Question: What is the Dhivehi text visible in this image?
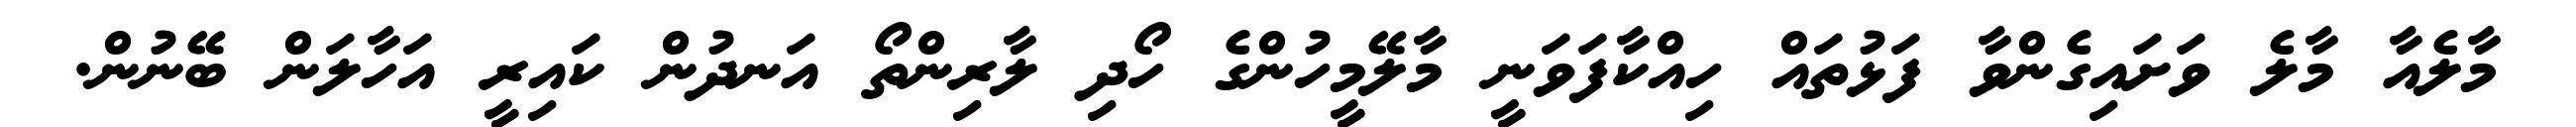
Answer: މާލެއާ މާލެ ވަށައިގެންވާ ފަޅުތައް ހިއްކާފަވަނީ މާލޭމީހުންގެ ހޯދި ލާރިންތޯ އަނދުން ކައިރީ އަހާލަން ބޭނުން.